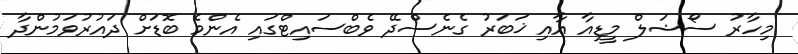
މިހާރު ސޯޝަލް މީޑިއާ އާއި ޚަބަރު ގެނެސްދޭ ވެބްސައިޓްގައި އެންމެ ބޮޑަށް ދައުރުވަމުންދާ